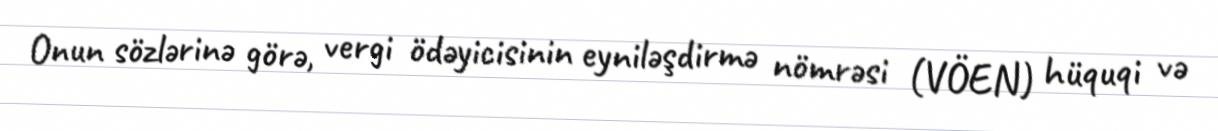
Onun sözlərinə görə, vergi ödəyicisinin eyniləşdirmə nömrəsi (VÖEN) hüquqi və